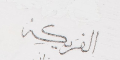
الفريكة